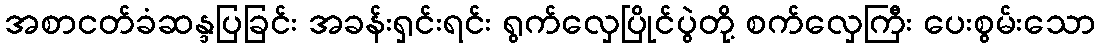
အစာငတ်ခံဆန္ဒပြခြင်း အခန်းရှင်းရင်း ရွက်လှေပြိုင်ပွဲတို့ စက်လှေကြီး ပေးစွမ်းသော